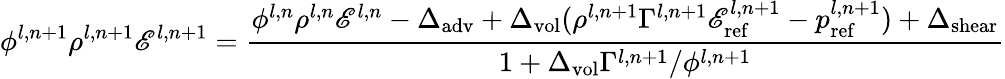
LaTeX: \phi^{l,n+1}\rho^{l,n+1}\mathscr{E}^{l,n+1}=\frac{\phi^{l,n}\rho^{l,n}\mathscr{E}^{l,n}-\Delta_{\mathrm{adv}}+\Delta_{\mathrm{vol}}(\rho^{l,n+1}\Gamma^{l,n+1}\mathscr{E}_{\mathrm{ref}}^{l,n+1}-p_{\mathrm{ref}}^{l,n+1})+\Delta_{\mathrm{shear}}}{1+\Delta_{\mathrm{vol}}\Gamma^{l,n+1}/\phi^{l,n+1}}